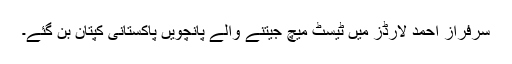
سرفراز احمد لارڈز میں ٹیسٹ میچ جیتنے والے پانچویں پاکستانی کپتان بن گئے۔